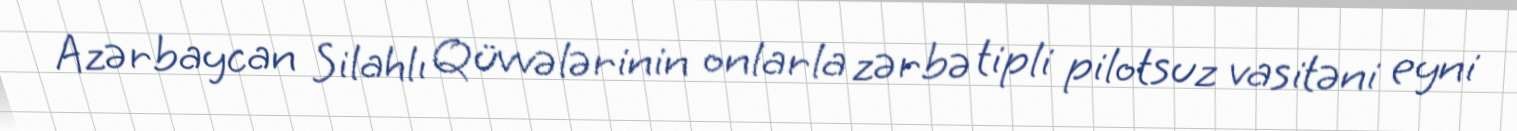
Azərbaycan Silahlı Qüvvələrinin onlarla zərbə tipli pilotsuz vasitəni eyni